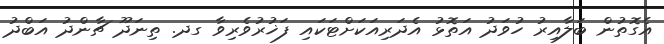
އެގޮތުން ބަލާއިރު ހުވަދު އަތޮޅު އެދަރިއަކަށްޓަކައި ފަޚުރުވެރިވާ ގދ. ތިނަދޫ ޗާންދު އަބްދު